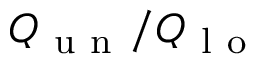
Q _ { \mathrm { ~ u ~ n ~ } } / Q _ { \mathrm { ~ l ~ o ~ } }